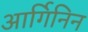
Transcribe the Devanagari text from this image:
आर्गिनिन